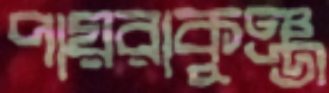
পায়রাকুঞ্জ